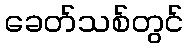
ခေတ်သစ်တွင်